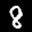
Label: 8